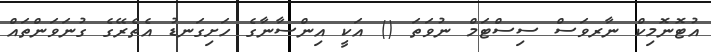
އުޓޮނޮމިކް ނާރވަސް ސިސްޓަމް ނުވަތަ () އަކީ އިންސާނާގެ ހަށިގަނޑު އެތެރޭގެ ގުނަވަންތައް